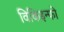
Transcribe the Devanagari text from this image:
विकिइन्फो